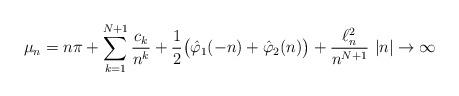
LaTeX: \begin{align*}\mu_n= n\pi +\sum_{k=1}^{N+1}\frac{c_k}{n^k} +\frac{1}{2}\big(\hat \varphi_1(-n) +\hat\varphi_2(n)\big) + \frac{\ell^2_n}{n^{N+1}} \,\,|n|\to \infty \end{align*}